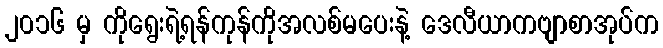
၂၀၁၆ မှ ကိုရွေးရဲ့ရန်ကုန်ကိုအလစ်မပေးနဲ့ ဒေလီယာကဗျာစာအုပ်က